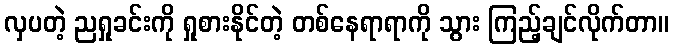
လှပတဲ့ ညရှုခင်းကို ရှုစားနိုင်တဲ့ တစ်နေရာရာကို သွား ကြည့်ချင်လိုက်တာ။